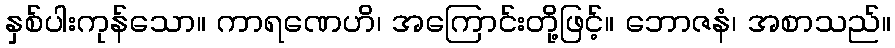
နှစ်ပါးကုန်သော။ ကာရဏေဟိ၊ အကြောင်းတို့ဖြင့်။ ဘောဇနံ၊ အစာသည်။